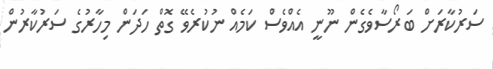
ސަރުކާރަށް ބަރޯސާވެގެން ނޫނީ އެއްވެސް ކަމެއް ނުކުރެވޭ ގޮތް ހަދަން މިހާރުގެ ސަރުކާރުން